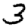
Digit: 3